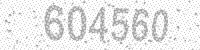
Solution: 604560